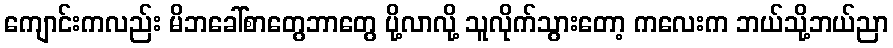
ကျောင်းကလည်း မိဘခေါ်စာတွေဘာတွေ ပို့လာလို့ သူလိုက်သွားတော့ ကလေးက ဘယ်သို့ဘယ်ညာ